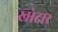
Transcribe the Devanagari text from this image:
खोदार